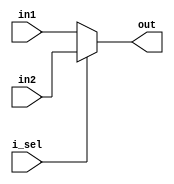
module Mux2x1_NBits(out, in1, in2, i_sel);

parameter LEN = 5; 

input [LEN-1:0] in1, in2;
input i_sel;

output [LEN-1:0] out;

assign out = 	(i_sel == 1'b0) ? in1 : (i_sel == 1'b1) ? in2 : LEN'bx;

endmodule